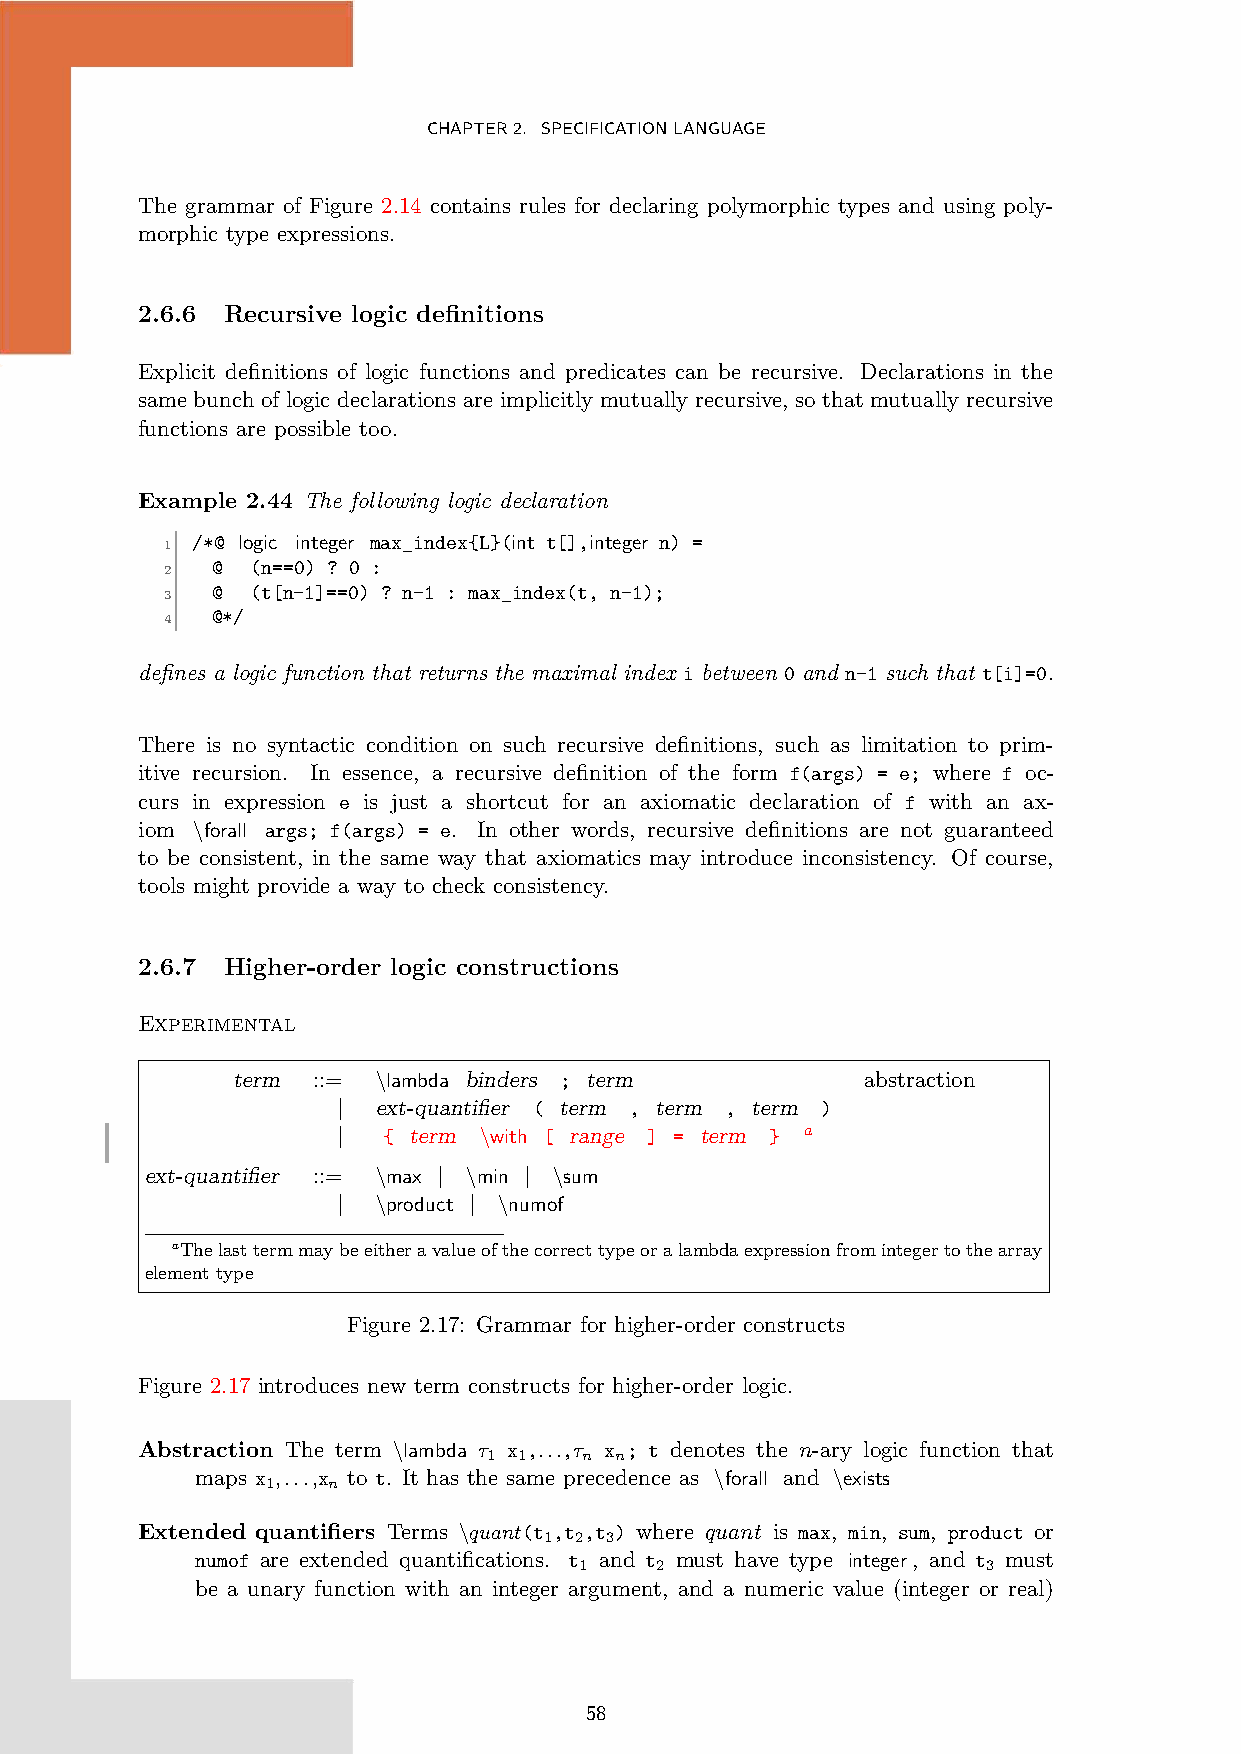
CHAPTER2. SPECIFICATIONLANGUAGE
 The grammar of Figure 2.14 contains rules for declaring polymorphic types and using poly-
 morphic type expressions.
 2.6.6 Recursive logic definitions
 Explicit definitions of logic functions and predicates can be recursive. Declarations in the
 same bunch of logic declarations are implicitly mutually recursive, so that mutually recursive
 functions are possible too.
 Example 2.44 The following logic declaration
 /*@ logic integer max_index{L}(int t[],integer n) =
 1
 @  (n==0) ? 0 :
 2
 @  (t[n-1]==0) ? n-1 : max_index(t, n-1);
 3
 @*/
 4
 defines a logic function that returns the maximal index i between 0 and n-1 such that t[i]=0.
 There is no syntactic condition on such recursive definitions, such as limitation to prim-
 itive recursion. In essence, a recursive definition of the form f(args) = e; where f oc-
 curs in expression e is just a shortcut for an axiomatic declaration of f with an ax-
 iom \forall args; f(args) = e. In other words, recursive definitions are not guaranteed
 to be consistent, in the same way that axiomatics may introduce inconsistency. Of course,
 tools might provide a way to check consistency.
 2.6.7 Higher-order logic constructions
 Experimental
 term  ::= \lambda binders ; term          abstraction
 |  ext-quantifier ( term , term , term )
 |  { term \with [ range ] = term } a
 ext-quantifier ::= \max | \min | \sum
 |  \product | \numof
 aThelasttermmaybeeitheravalueofthecorrecttypeoralambdaexpressionfromintegertothearray
 element type
 Figure 2.17: Grammar for higher-order constructs
 Figure 2.17 introduces new term constructs for higher-order logic.
 Abstraction The term \lambda τ x ,...,τ x ; t denotes the n-ary logic function that
 1 1    n n
 maps x ,...,x to t. It has the same precedence as \forall and \exists
 1   n
 Extended quantifiers Terms \quant(t ,t ,t ) where quant is max, min, sum, product or
 1 2 3
 numof are extended quantifications. t and t must have type integer, and t must
 1    2                     3
 be a unary function with an integer argument, and a numeric value (integer or real)
 58